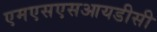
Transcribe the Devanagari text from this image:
एमएसएसआयडीसी